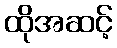
ထိုအဆင့်